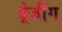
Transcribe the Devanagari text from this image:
ड्रेजींग